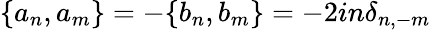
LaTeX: \{ a_{n},a_{m}\} =-\{ b_{n},b_{m}\} =-2in{\delta}_{n,-m}